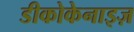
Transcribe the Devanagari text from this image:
डीकोकेनाइज़